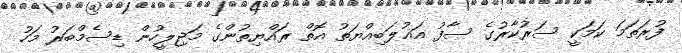
ފުރަތަމަ ކަމަކީ ސަރުކާރުގެ ސާފު އަޣުލަބިއްޔަތު އޮތް ރައްޔިތުންގެ މަޖިލީހުން ޑިސެމްބަރު މަހު